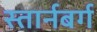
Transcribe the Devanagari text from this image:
स्तार्नबर्ग